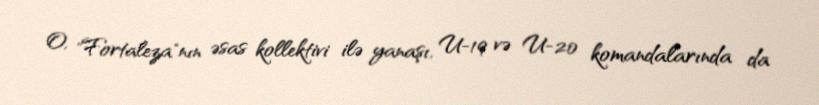
O, "Fortaleza"nın əsas kollektivi ilə yanaşı, U-19 və U-20 komandalarında da